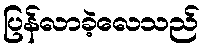
ပြန်လာခဲ့လေသည်